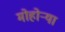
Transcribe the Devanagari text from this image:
मोहोऱ्या